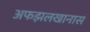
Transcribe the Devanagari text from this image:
अफझलखानास